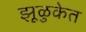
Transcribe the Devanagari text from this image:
झूळुकेत